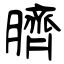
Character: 臍